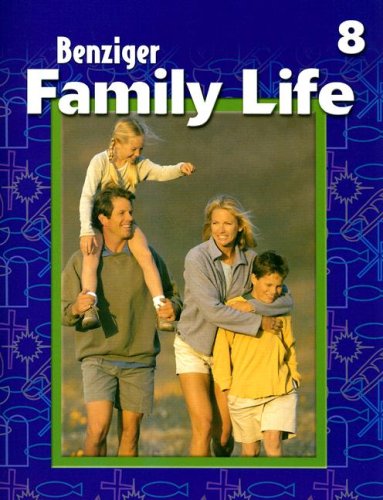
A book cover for Family Life: Level 8 (Benziger Family Life Program); David Thomas; Teen & Young Adult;